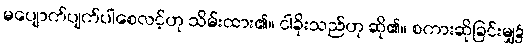
မပျောက်ပျက်ပါစေလင့်ဟု သိမ်းထား၏။ ငါခိုးသည်ဟု ဆို၏။ စကားဆိုခြင်းမျှ၌